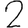
Digit: 2